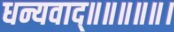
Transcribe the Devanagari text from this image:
धन्यवाद्॥॥॥॥॥।